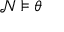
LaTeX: { \mathcal { N } } \models \theta \qquad